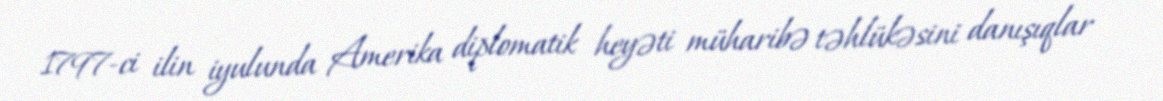
1797-ci ilin iyulunda Amerika diplomatik heyəti müharibə təhlükəsini danışıqlar